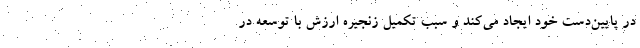
در پایین‌دست خود ایجاد می‌کند و سبب تکمیل زنجیره ارزش با توسعه در